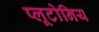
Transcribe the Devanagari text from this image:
प्लूटोनिय